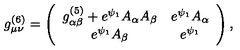
g _ { \mu \nu } ^ { ( 6 ) } = \left( \begin{array} { c c } { g _ { \alpha \beta } ^ { ( 5 ) } + e ^ { \psi _ { 1 } } A _ { \alpha } A _ { \beta } } & { e ^ { \psi _ { 1 } } A _ { \alpha } } \\ { e ^ { \psi _ { 1 } } A _ { \beta } } & { e ^ { \psi _ { 1 } } } \\ \end{array} \right) ,